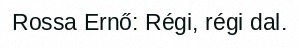
Rossa Ernő: Régi, régi dal.